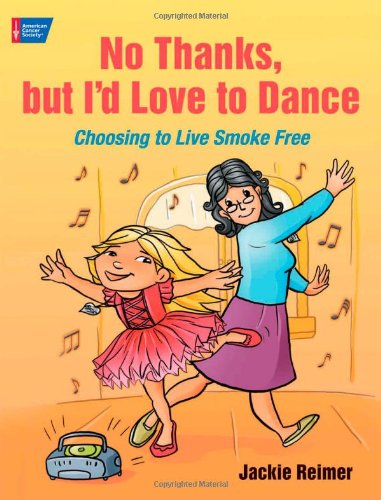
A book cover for No Thanks, But I'd Love to Dance: Choosing to Live Smoke Free; Jackie Reimer; Health, Fitness & Dieting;